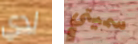
لدي سميتي